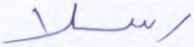
رسلا